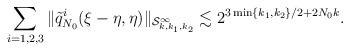
LaTeX: \begin{align*}\sum_{i=1,2,3}\|\tilde{q}_{N_0}^i(\xi-\eta, \eta)\|_{\mathcal{S}^\infty_{k,k_1,k_2}}\lesssim 2^{3\min\{k_1,k_2\}/2 + 2N_0 k}. \end{align*}